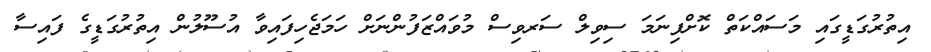
އިތުރުގަޑީގައި މަސައްކަތް ކޮށްފިނަމަ ސިވިލް ސަރވިސް މުވައްޒަފުންނަށް ހަމަޖެހިފައިވާ އުސޫލުން އިތުރުގަޑީގެ ފައިސާ